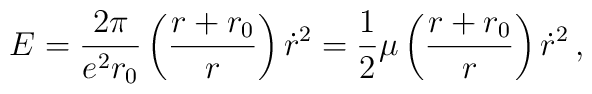
E = {2\pi \over e^2 r_0} \left({r + r_0 \over r}\right) \dot r^2      = {1\over 2} \mu \left({r + r_0 \over r}\right) \dot r^2 \, ,